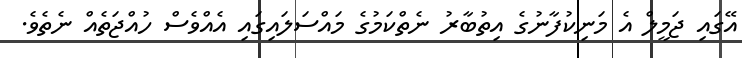
އޭގައި ޖަމީލް އެ މަނިކުފާނުގެ އިތުބާރު ނެތްކަމުގެ މައްސަލައިގައި އެއްވެސް ހުއްޖަތެއް ނެތެވެ.